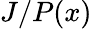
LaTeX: J/P(x)